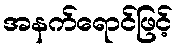
အနက်ရောင်ဖြင့်